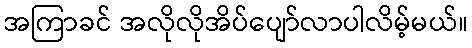
အကြာခင် အလိုလိုအိပ်ပျော်လာပါလိမ့်မယ်။